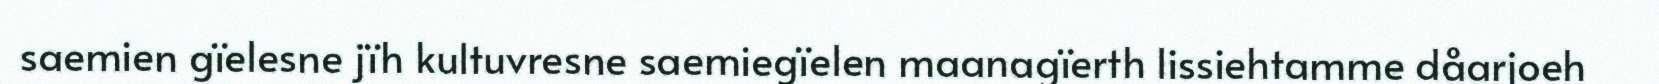
saemien gïelesne jïh kultuvresne saemiegïelen maanagïerth lissiehtamme dåarjoeh